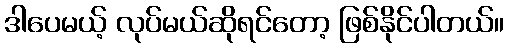
ဒါပေမယ့် လုပ်မယ်ဆိုရင်တော့ ဖြစ်နိုင်ပါတယ်။